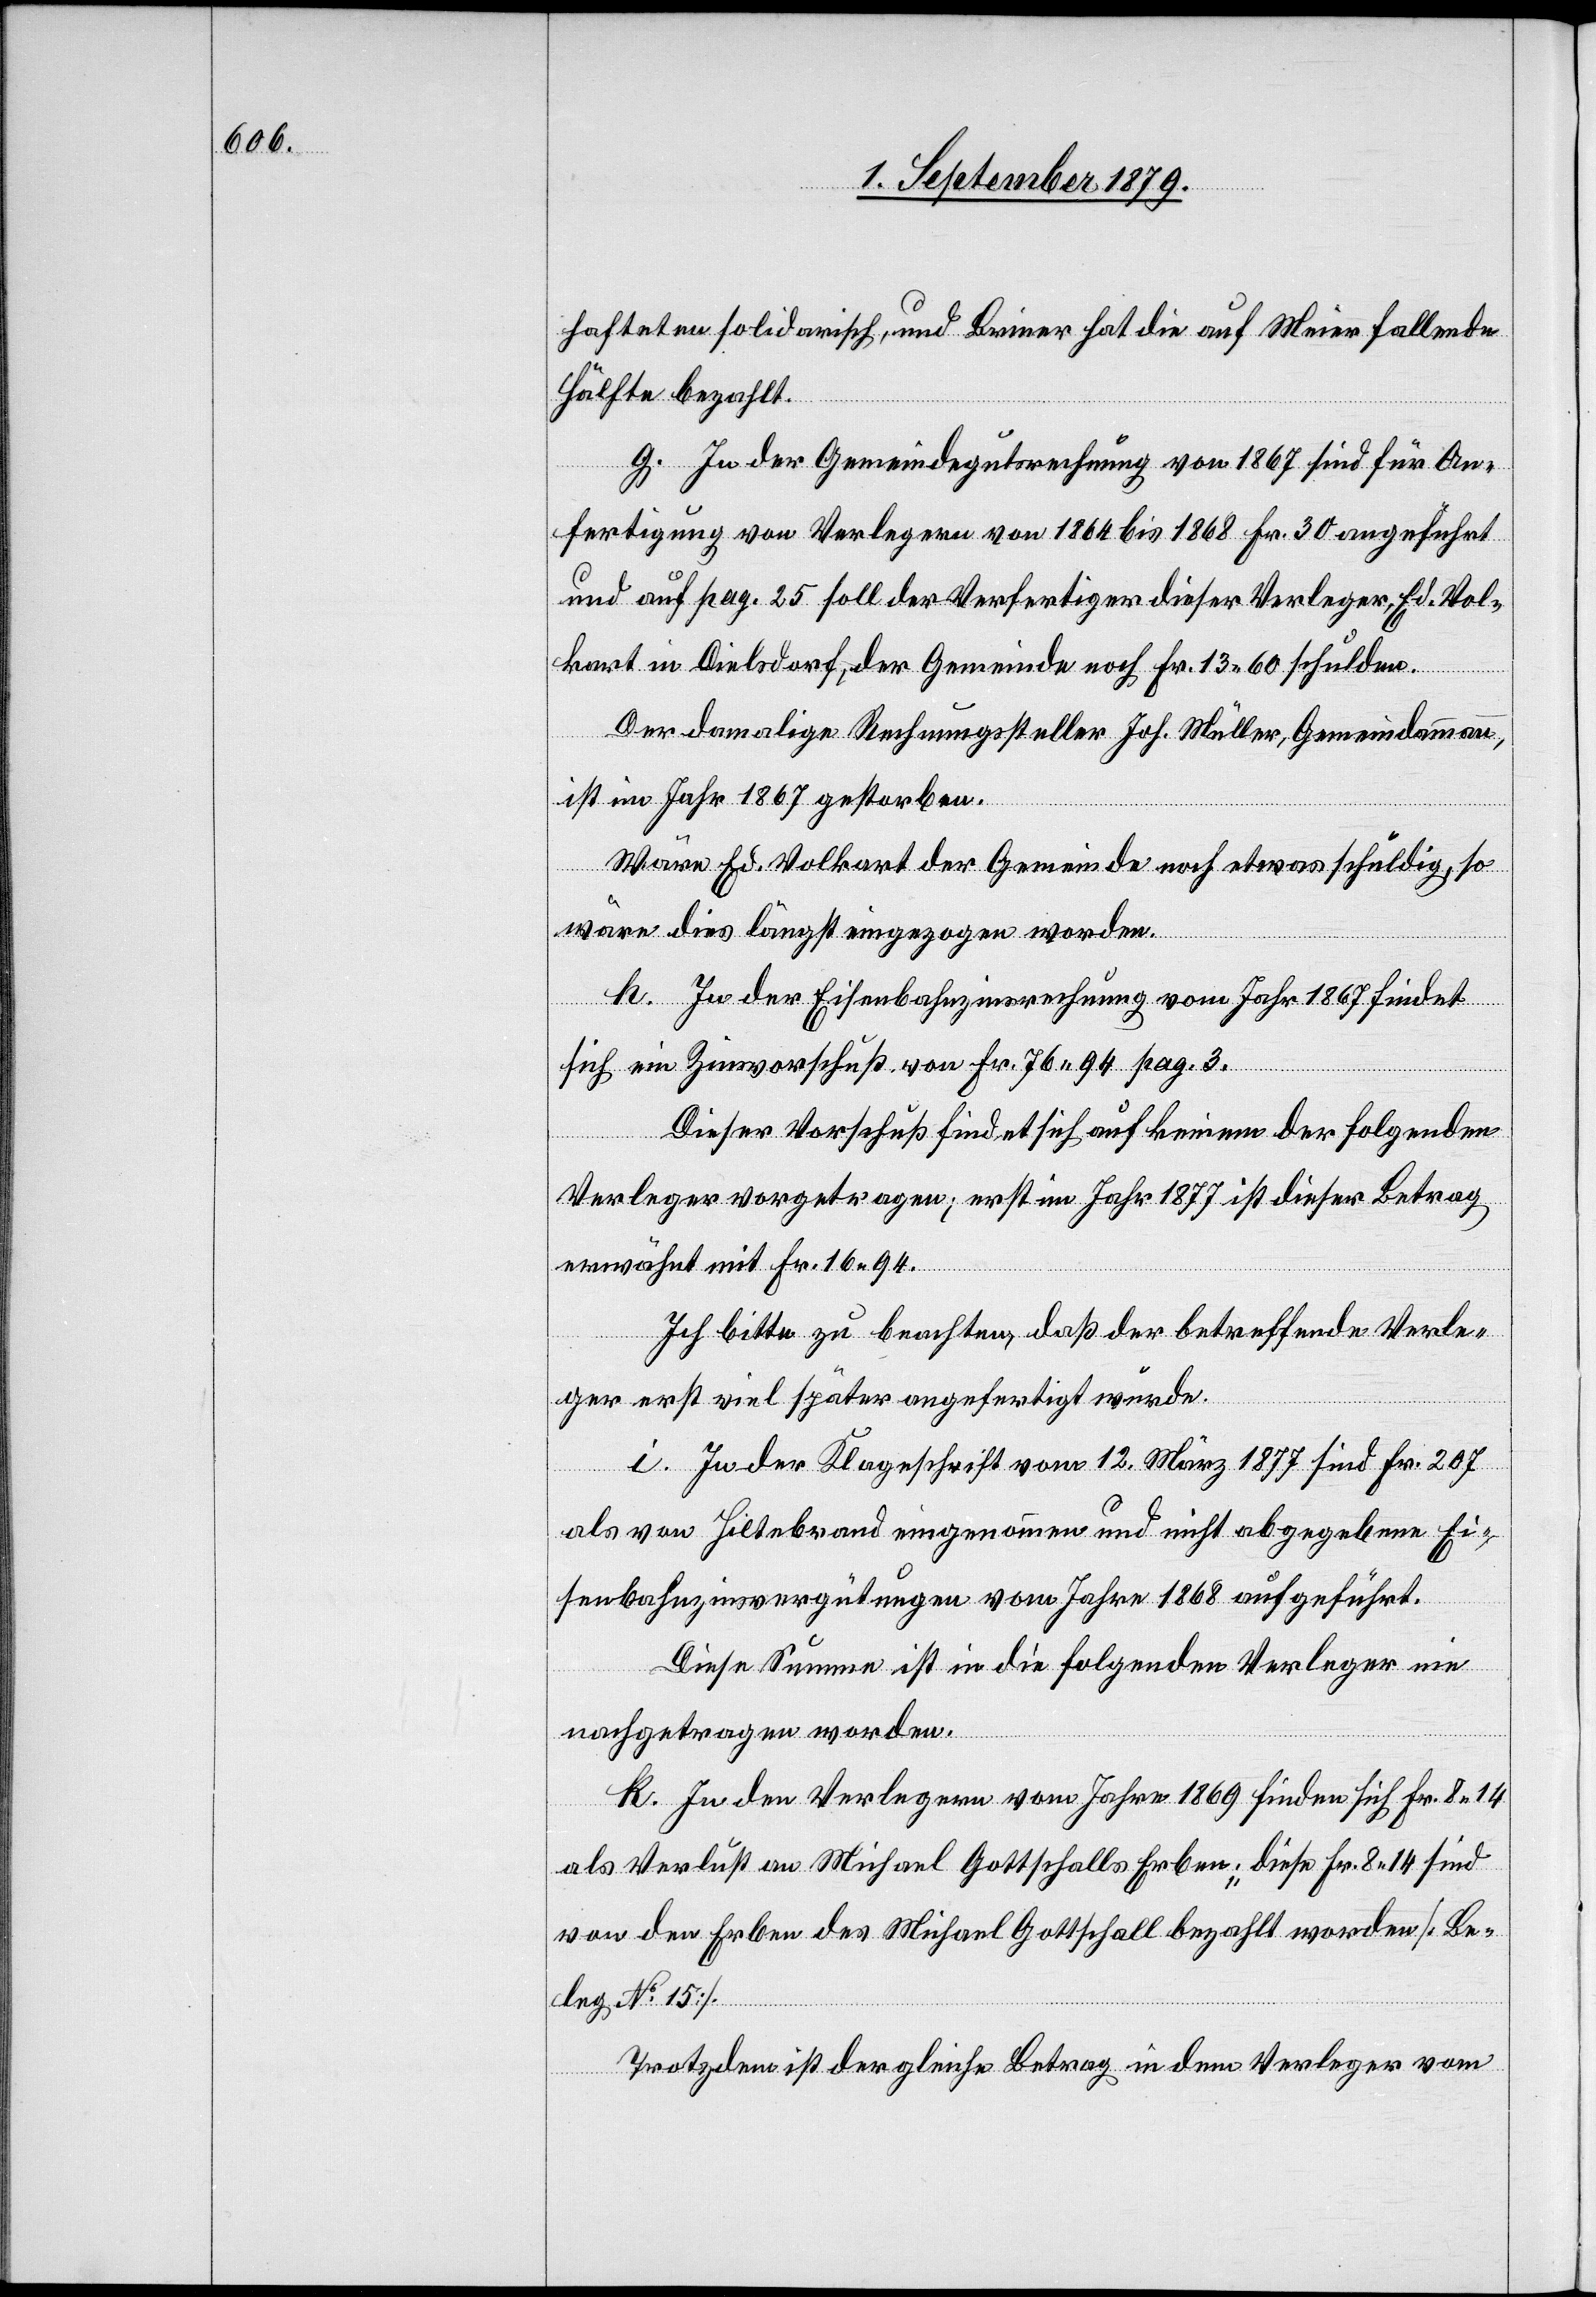
hafteten solidarisch, und Briner hat die auf Meier fallende
Hälfte bezahlt.
g. In der Gemeindegutsrechnung von 1867 sind für An¬
fertigung von Vorlagen von 1864 bis 1868 Fr. 30 angeführt
und auf pag. 25 soll der Verfertiger dieser Verleger, Ed. Vol¬
kart in Dielsdorf, der Gemeinde noch Fr. 13 60 schulden.
Der damalige Rechnungssteller Joh. Müller, Gemeindammann,
ist im Jahr 1867 gestorben.
Wäre Ed. Volkart der Gemeinde noch etwas schuldig, so
wäre dies längst eingezogen worden.
h. In der Eisenbahnzinsrechnung vom Jahr 1867 findet
sich ein Zinsvorschuß von Fr. 76 94 pag. 3.
Dieser Vorschuß findet sich auf keinem der folgenden
Verleger vorgetragen; erst im Jahr 1877 ist dieser Betrag
erwähnt mit Fr. 16 94.
Ich bitte zu beachten, daß der betreffende Verle¬
ger erst viel später angefertigt wurde.
i. In der Klageschrift vom 12. März 1877 sind Fr. 207
als von Hiltebrand eingenommen und nicht abgegebene Ei¬
senbahnzinsvergütungen vom Jahre 1868 aufgeführt.
Diese Summe ist in die folgenden Verleger nie
nachgetragen worden.
k. In den Verlegern vom Jahre 1869 finden sich Fr. 8 14
als Verlust an Michael Gottschalls Erben; diese Fr. 8 14 sind
von den Erben des Michael Gottschall bezahlt worden [Be¬
leg No 15].
Trotzdem ist der gleiche Betrag in dem Verleger vom